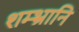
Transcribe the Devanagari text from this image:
शम्भ्रानि